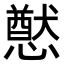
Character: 𭟂